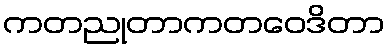
ကတညုတာကတဝေဒိတာ